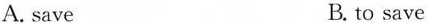
A. save B. to save